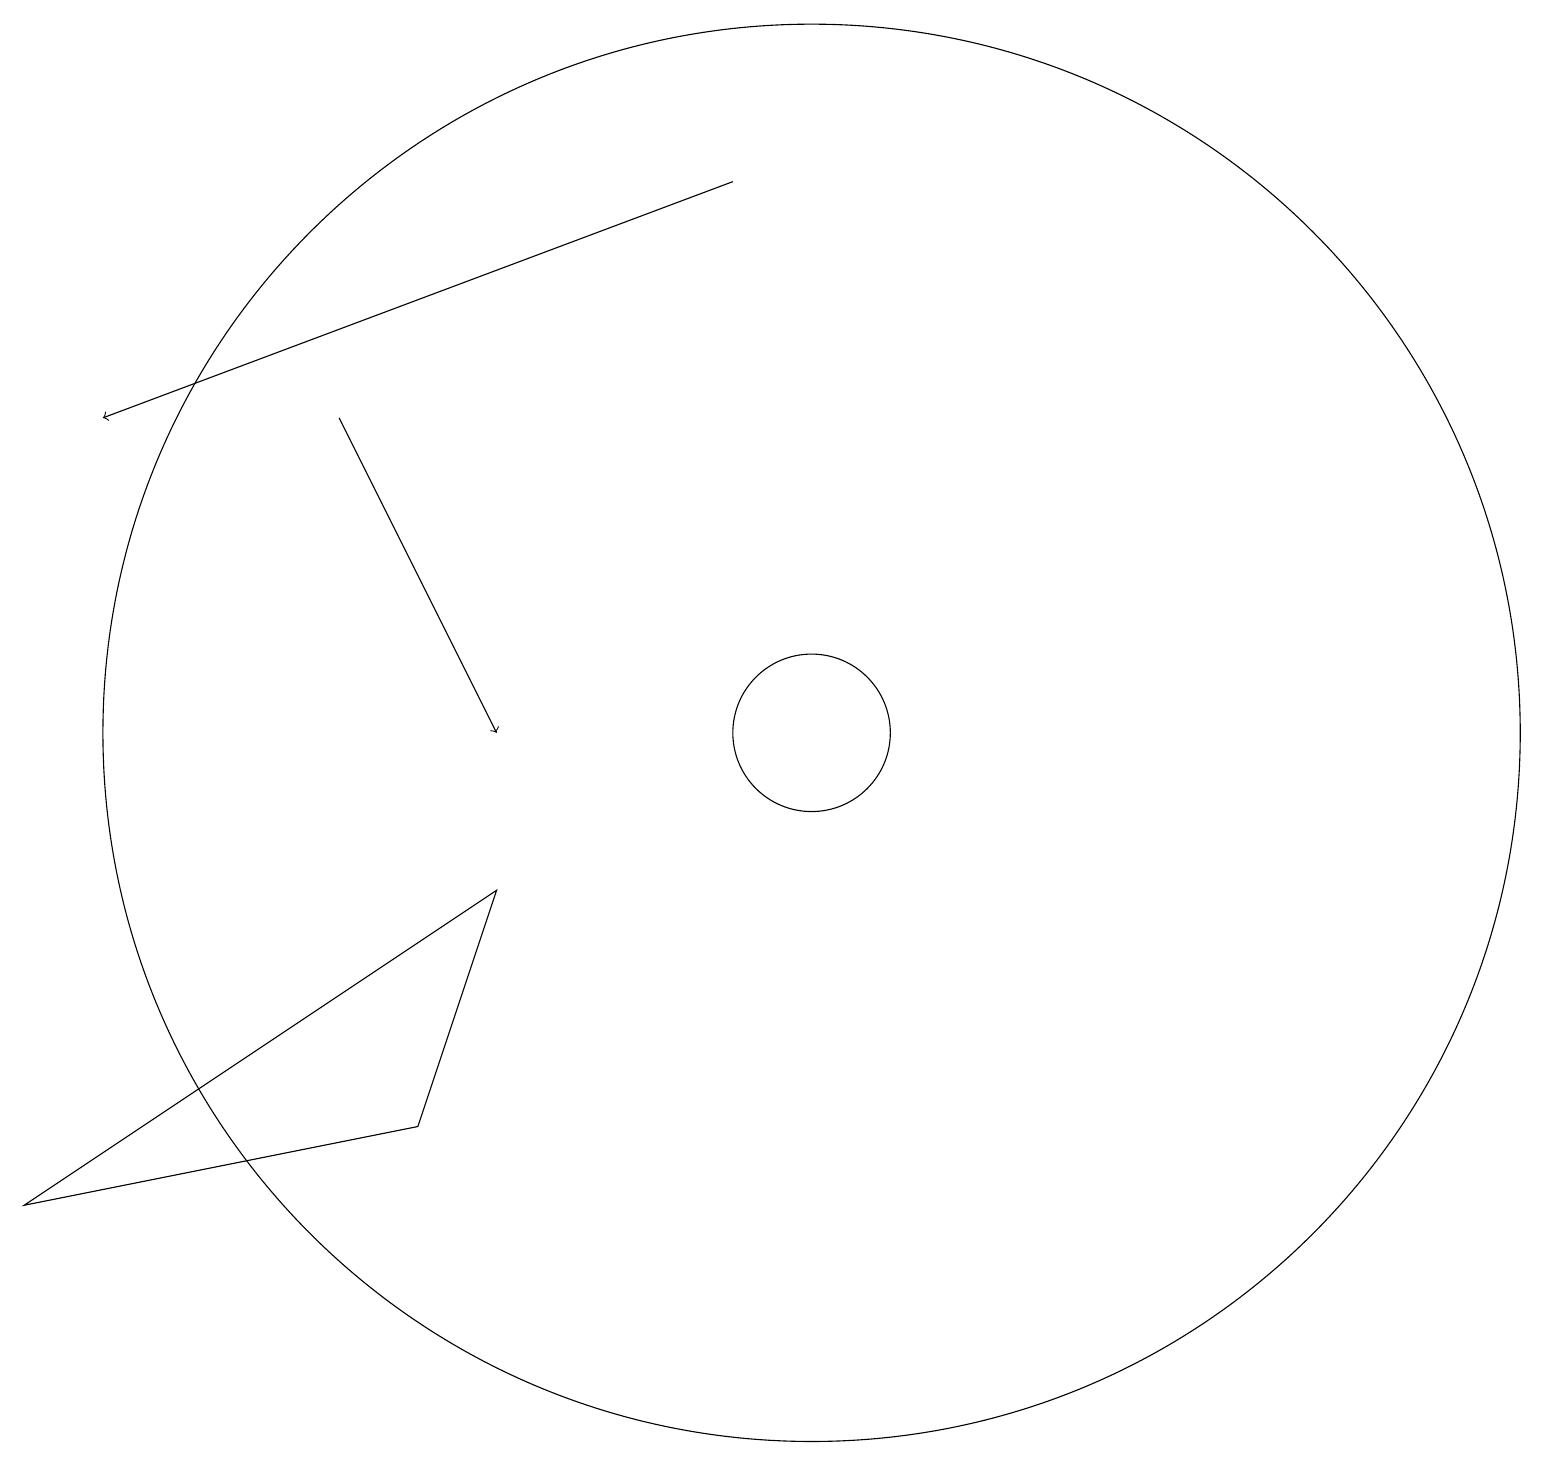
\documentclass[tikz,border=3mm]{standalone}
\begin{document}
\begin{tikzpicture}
\draw (10,11) circle (9);
\draw (6,9) -- (0,5) -- (5,6) -- cycle;
\draw (10,11) circle (1);
\draw[->] (9,18) -- (1,15);
\draw[->] (4,15) -- (6,11);
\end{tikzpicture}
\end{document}